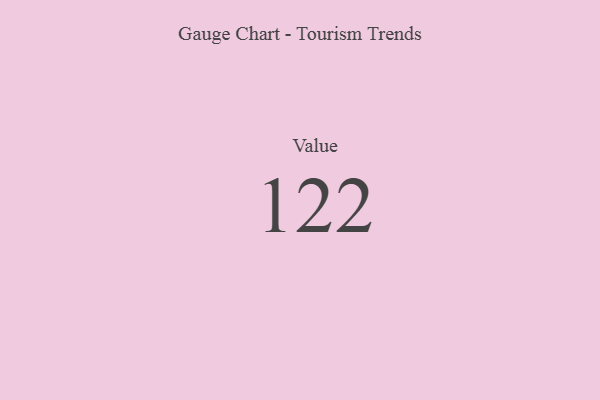
{"axis": {"x": "Metric", "y": "Value"}, "legend": [""], "data": [{"x": "Value", "y": 122, "type": ""}]}